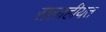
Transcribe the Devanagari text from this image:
सलाहीयत